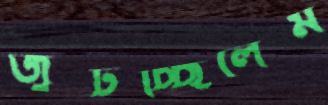
জুটচ্ছিলেম